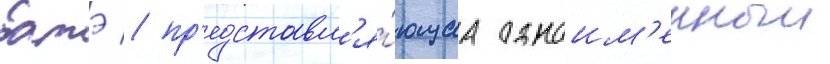
батэ / пр'едставл'я́ющаа одноим'енныи